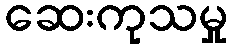
ဆေးကုသမှု